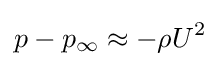
p-p_{\infty }\approx -\rho U^{2}